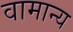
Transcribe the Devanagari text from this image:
वामान्य